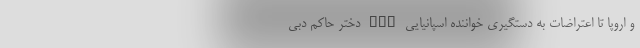
و اروپا تا اعتراضات به دستگیری خواننده اسپانیایی nan دختر حاکم دبی